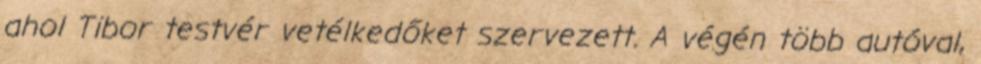
ahol Tibor testvér vetélkedőket szervezett. A végén több autóval,